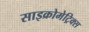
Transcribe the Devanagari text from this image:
साइक्रोमेट्रिक्स